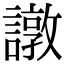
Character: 譈